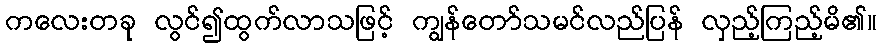
ကလေးတခု လွင်၍ထွက်လာသဖြင့် ကျွန်တော်သမင်လည်ပြန် လှည့်ကြည့်မိ၏။